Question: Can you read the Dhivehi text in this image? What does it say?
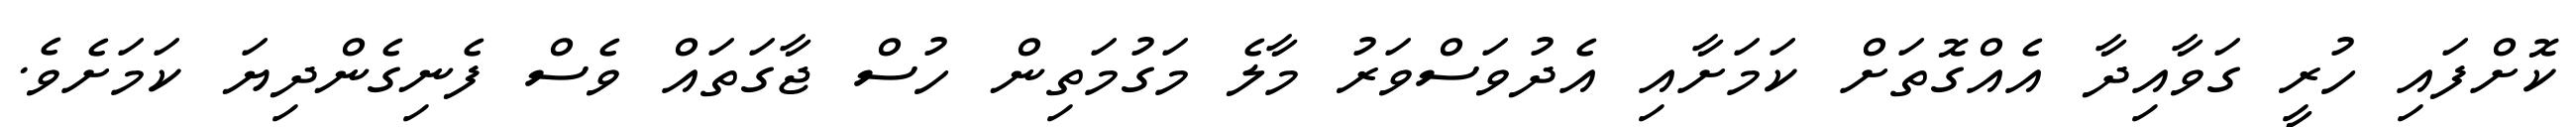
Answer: ކޮށްފައި ހުރީ ގަވާއިދާ އެއްގޮތަށް ކަމަށާއި އެދުވަސްވަރު މާލެ މަގުމަތިން ހުސް ޖާގަތައް ވެސް ފެނިގެންދިޔަ ކަމަށެވެ.